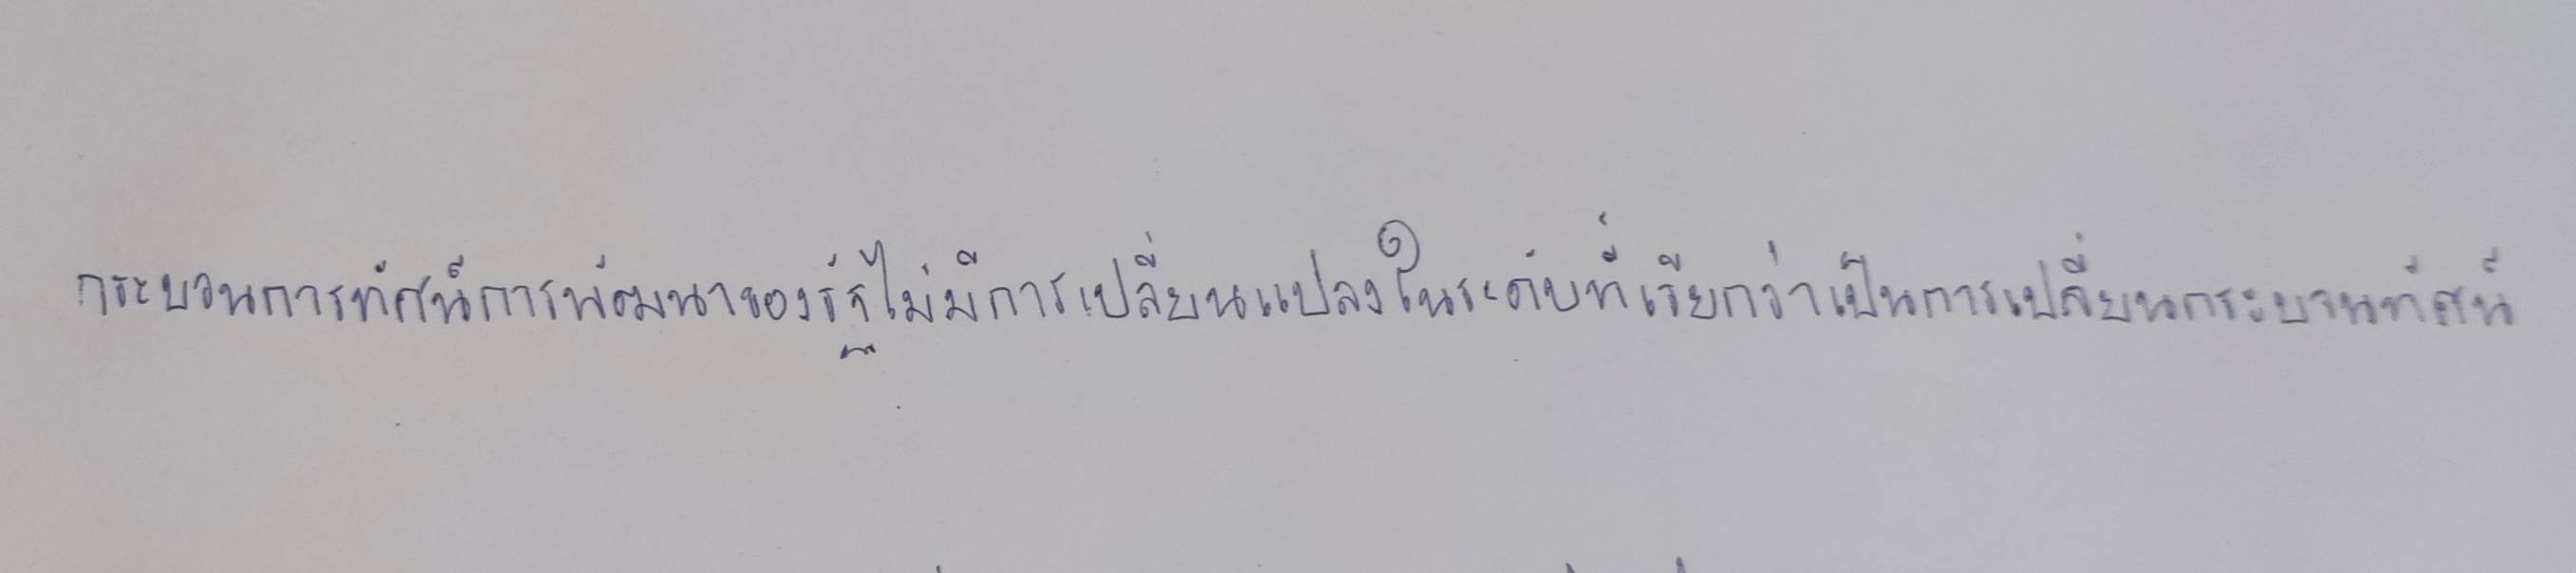
กระบวนทัศน์การพัฒนาของรัฐไม่มีการเปลี่ยนแปลงในระดับที่เรียกว่าเป็นการเปลี่ยนกระบวนทัศน์